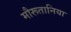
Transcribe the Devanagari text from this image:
मौरूतानिया